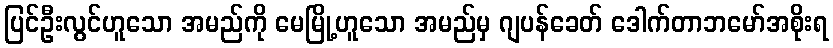
ပြင်ဦးလွင်ဟူသော အမည်ကို မေမြို့ဟူသော အမည်မှ ဂျပန်ခေတ် ဒေါက်တာဘမော်အစိုးရ